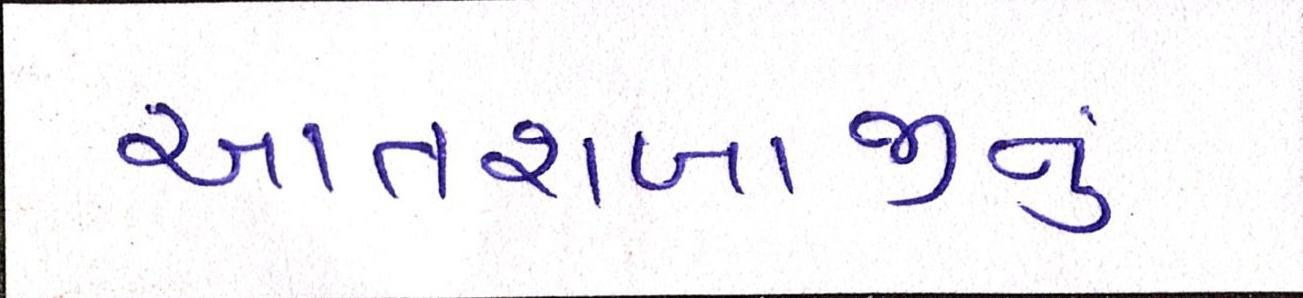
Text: આતશબાજીનું